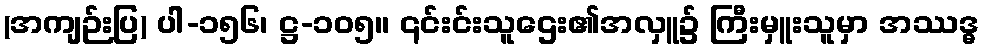
(အကျဉ်းပြ) ပါ-၁၅၆၊ ဋ္ဌ-၁၀၅။ ၎င်းင်းသူဌေး၏အလှူ၌ ကြီးမှူးသူမှာ အဿဒ္ဓ